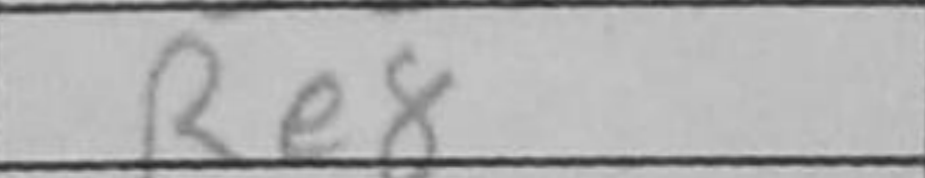
Transcription: Re8